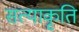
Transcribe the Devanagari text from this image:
सत्याकृति